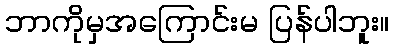
ဘာကိုမှအကြောင်းမ ပြန်ပါဘူး။